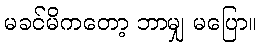
မခင်မိကတော့ ဘာမျှ မပြော။